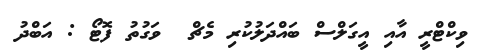
ވިކްޓްރީ އާއި އީގަލްސް ބައްދަލުކުރި މެޗް  ވަގުތު ފޮޓޯ : އަބްދު